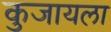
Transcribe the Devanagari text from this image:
कुजायला